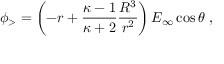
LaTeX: \phi _ { > } = \left( - r + { \frac { \kappa - 1 } { \kappa + 2 } } { \frac { R ^ { 3 } } { r ^ { 2 } } } \right) E _ { \infty } \cos \theta \ ,